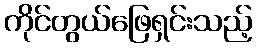
ကိုင်တွယ်ဖြေရှင်းသည့်